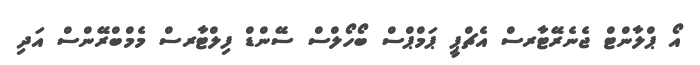
އޯ ޕްލާންޓް ޖެނެރޭޓާރސް އެޗްޕީ ޕަމްޕްސް ބޯހޯލްސް ސޭންޑް ފިލްޓާރސް މެމްބްރޭންސް އަދި